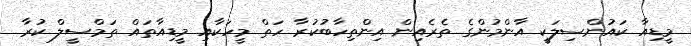
މީޑިއާ ކައުންސިލަކީ އާންމުންގެ ތެރެއިން އިންތިހާބުކުރާ ހަތް މީހަކާއި މީޑިއާތައް ތަމްސީލް ކުރާ